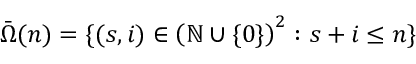
\bar { \Omega } ( n ) = \{ ( s , i ) \in \left( \mathbb { N } \cup \{ 0 \} \right) ^ { 2 } : s + i \leq n \}